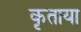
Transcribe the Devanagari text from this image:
कृताया